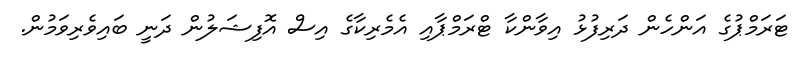
ޓަރަމްޕުގެ އަންހެން ދަރިފުޅު އިވާންކާ ޓްރަމްޕާއި އެމެރިކާގެ އިސް އޮފިޝަލުން ދަނީ ބައިވެރިވަމުން.